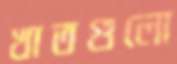
খাতগুলো